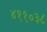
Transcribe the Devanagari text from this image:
४११०३८